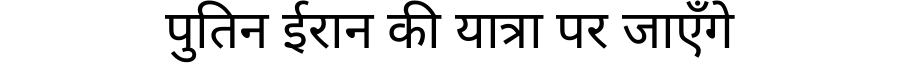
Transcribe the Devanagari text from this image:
पुतिन ईरान की यात्रा पर जाएँगे